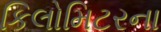
કિલોમિટરના